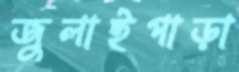
জুলাইপাড়া